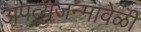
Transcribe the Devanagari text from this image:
अपत्यजन्मावेळी